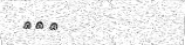
١١٥